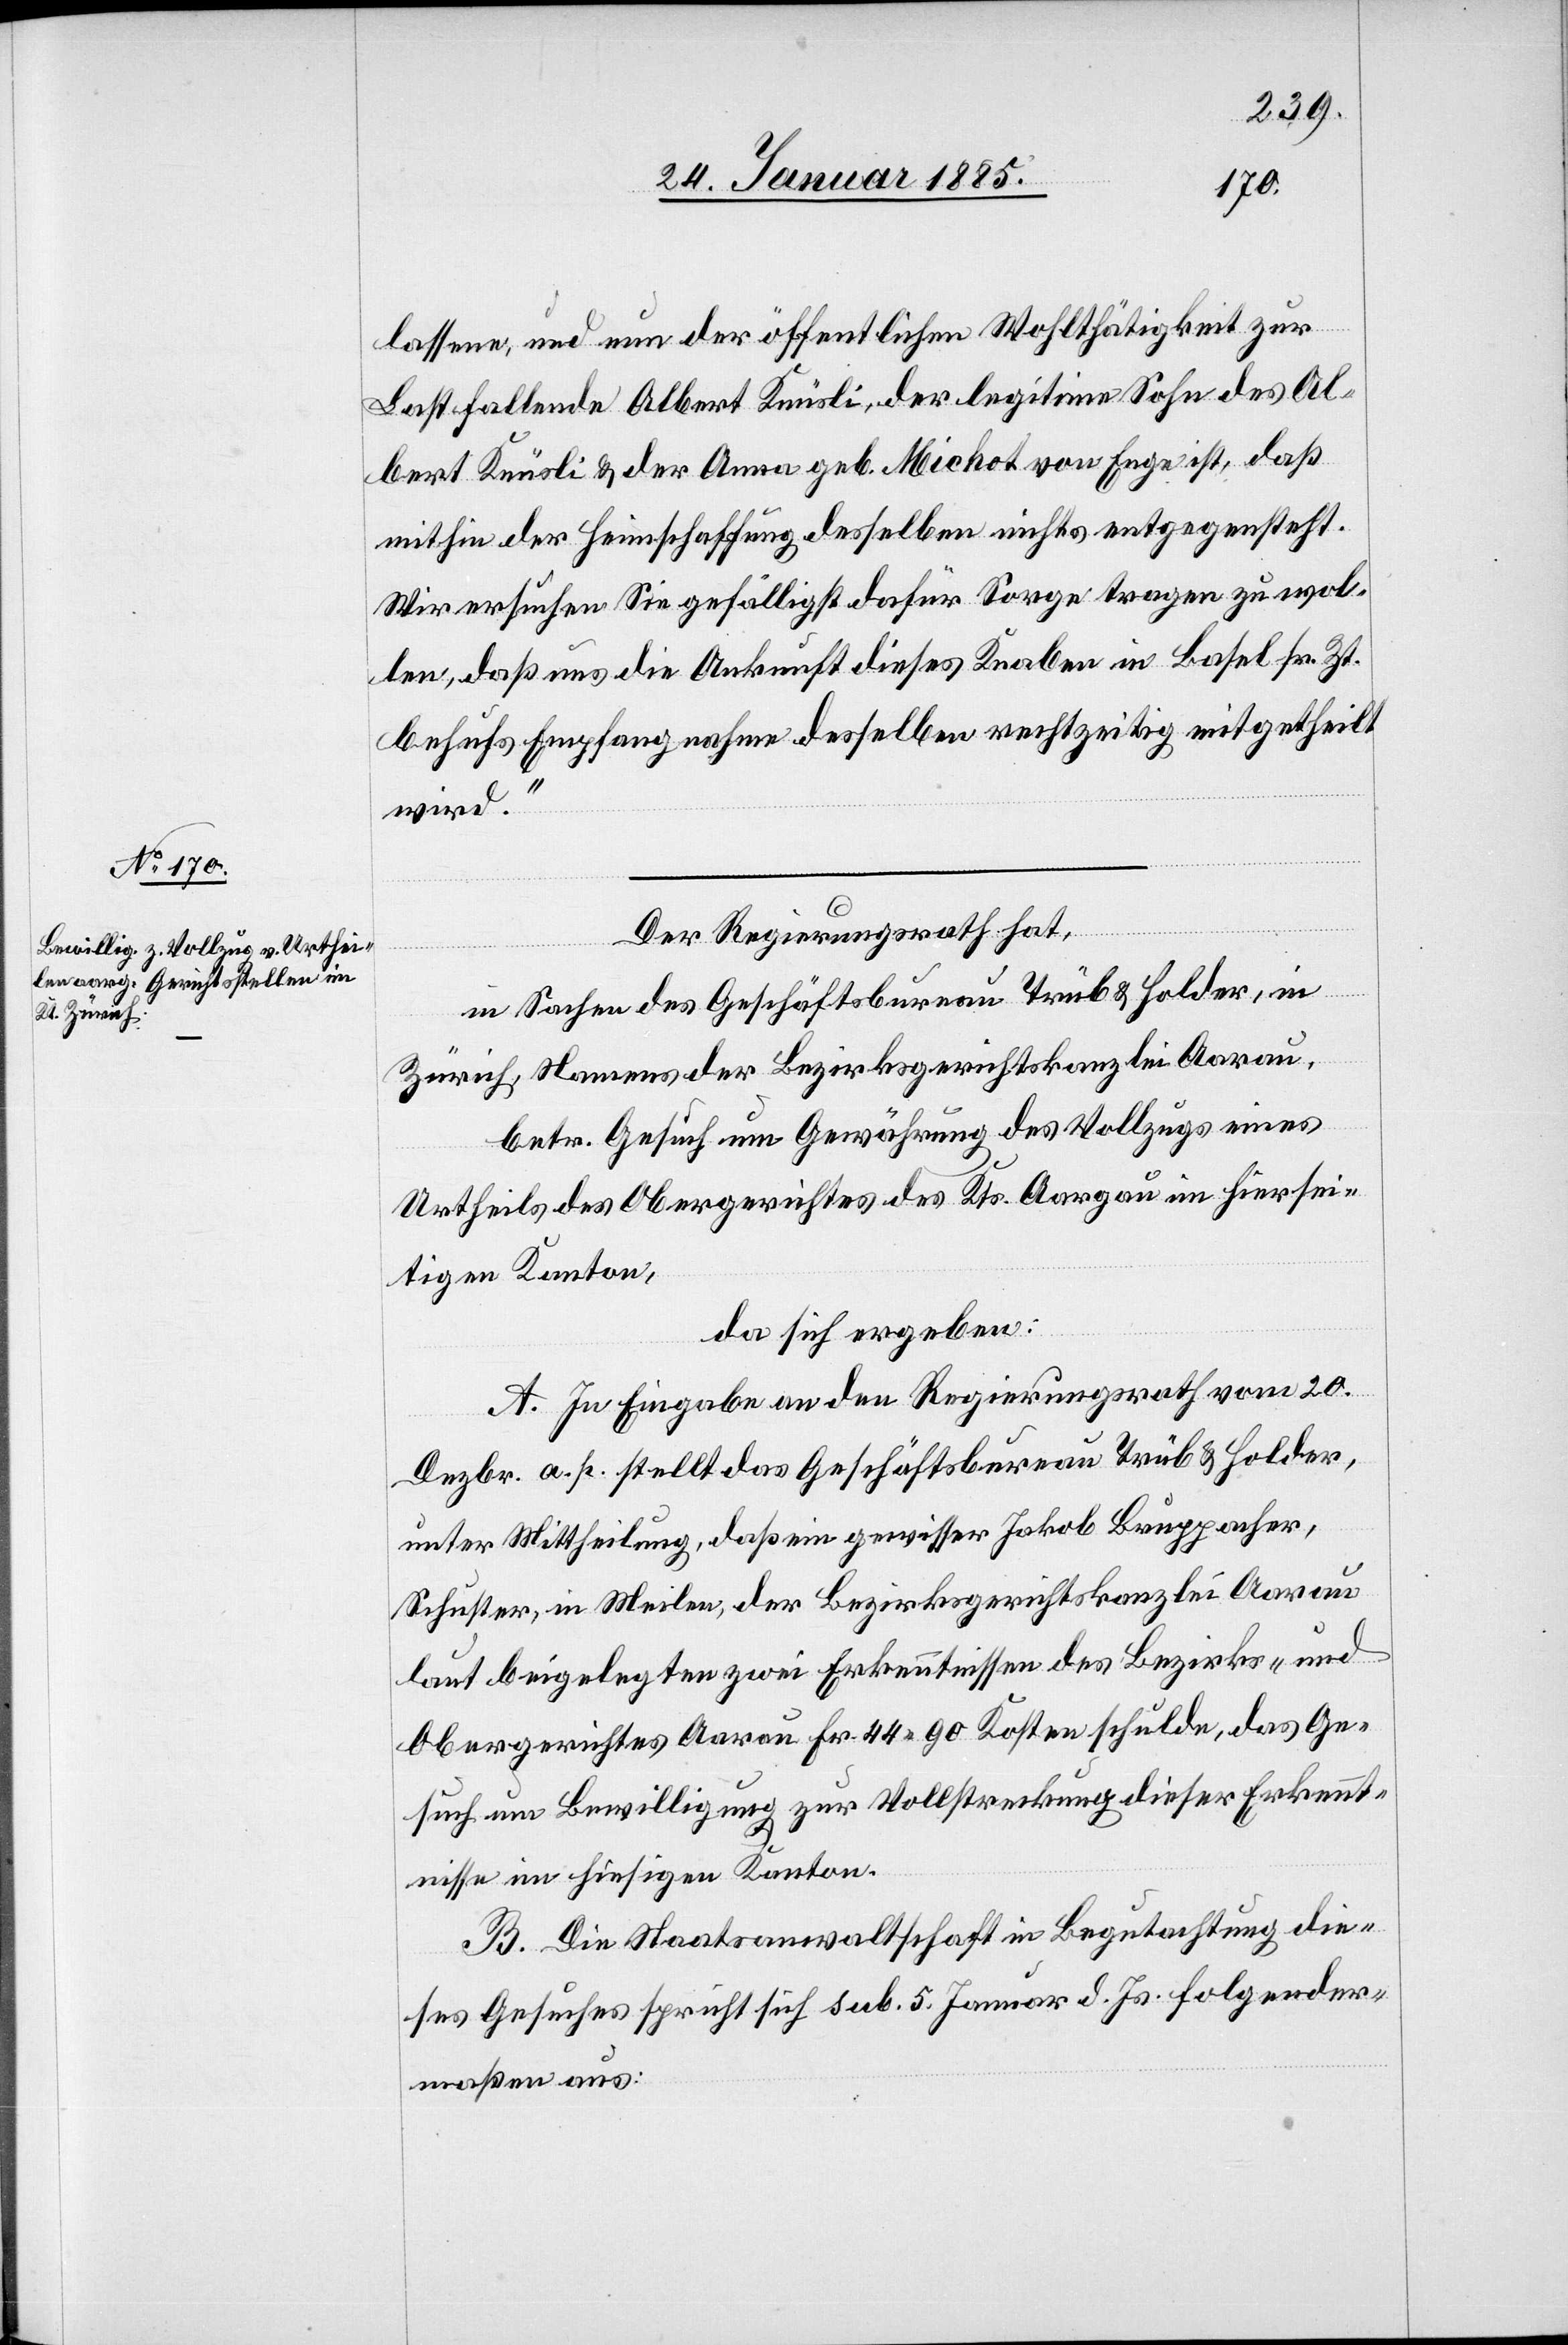
lassene, und nun der öffentlichen Wohltätigkeit zur
Last fallende Albert Knüsli, der legitime Sohn des Al¬
bert Knüsli & der Anna geb. Michot von Enge ist, daß
mithin der Heimschaffung desselben nichts entgegensteht.
Wir ersuchen Sie gefälligst dafür Sorge tragen zu wol¬
len, daß uns die Ankunft dieses Knaben in Basel sr. Zt.
behufs Empfangnahme desselben rechtzeitig mitgetheilt
wird.“
Der Regierungsrath hat,
in Sachen des Geschäftsbureau Trüb & Holder, in
Zürich, Namens der Bezirksgerichtskanzlei Aargau,
betr. Gesuch um Gewährung des Vollzugs eines
Urtheils des Obergerichtes des Kts. Aargau im hiersei¬
tigen Kanton,
da sich ergeben:
A. In Eingabe an den Regierungsrath vom 20.
Dezbr. a. p. stellt das Geschäftsbureau Trüb & Holder,
unter Mittheilung, daß ein gewisser Jakob Bruppacher,
Schuster, in Meilen, der Bezirksgerichtskanzlei Aargau
laut beigelegten zwei Erkenntnissen des Bezirks- und
Obergerichtes Aargau Fr. 44 90 Kosten schulde, das Ge¬
such um Bewilligung zur Vollstreckung dieser Erkennt¬
nisse im hiesigen Kanton.
B. Die Staatsanwaltschaft in Begutachtung die¬
ses Gesuches spricht sich sub. 5. Januar d. Js. folgender¬
maßen aus: